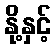
နို့နှင့်